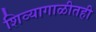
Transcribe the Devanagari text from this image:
शिव्यागाळीतही